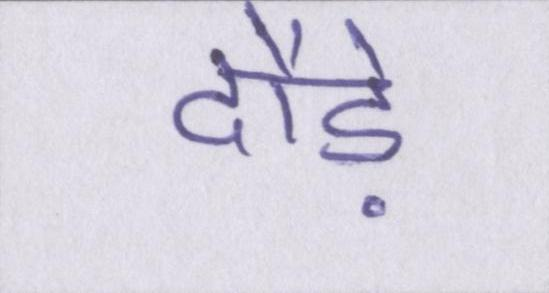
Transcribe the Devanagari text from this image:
दौड़े